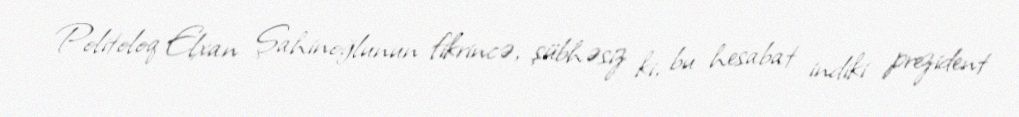
Politoloq Elxan Şahinoğlunun fikrincə, şübhəsiz ki, bu hesabat indiki prezident